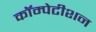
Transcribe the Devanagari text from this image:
कॉम्पेटीशन